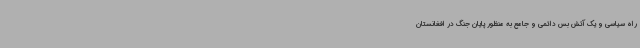
راه سیاسی و یک آتش بس دائمی و جامع به منظور پایان جنگ در افغانستان